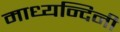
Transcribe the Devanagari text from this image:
माध्यन्दिनी